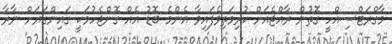
މާގްރަޓްސިއްހީ ގޮތުން ރާއްޖެއަށް ކުރިމަތިވެފައިވާ އެންމެ ބޮޑު އެއް ގޮންޖެހުމަކީ ގައިންގަޔަށް ނާރާ